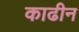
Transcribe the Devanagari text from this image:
काढीन